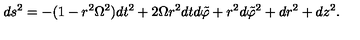
d s ^ { 2 } = - ( 1 - r ^ { 2 } \Omega ^ { 2 } ) d t ^ { 2 } + 2 \Omega r ^ { 2 } d t d \tilde { \varphi } + r ^ { 2 } d \tilde { \varphi } ^ { 2 } + d r ^ { 2 } + d z ^ { 2 } .